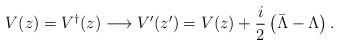
LaTeX: \begin{align*}V(z) = V^\dagger (z) \longrightarrow V^\prime (z^\prime) = V (z) + \frac{i}{2} \left( \bar{\Lambda} - \Lambda \right).\end{align*}